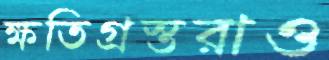
ক্ষতিগ্রস্তরাও